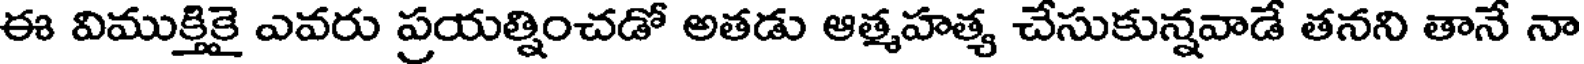
ఈ విముక్తికై ఎవరు ప్రయత్నించడో అతడు ఆత్మహత్య చేసుకున్నవాడే తనని తానే నా